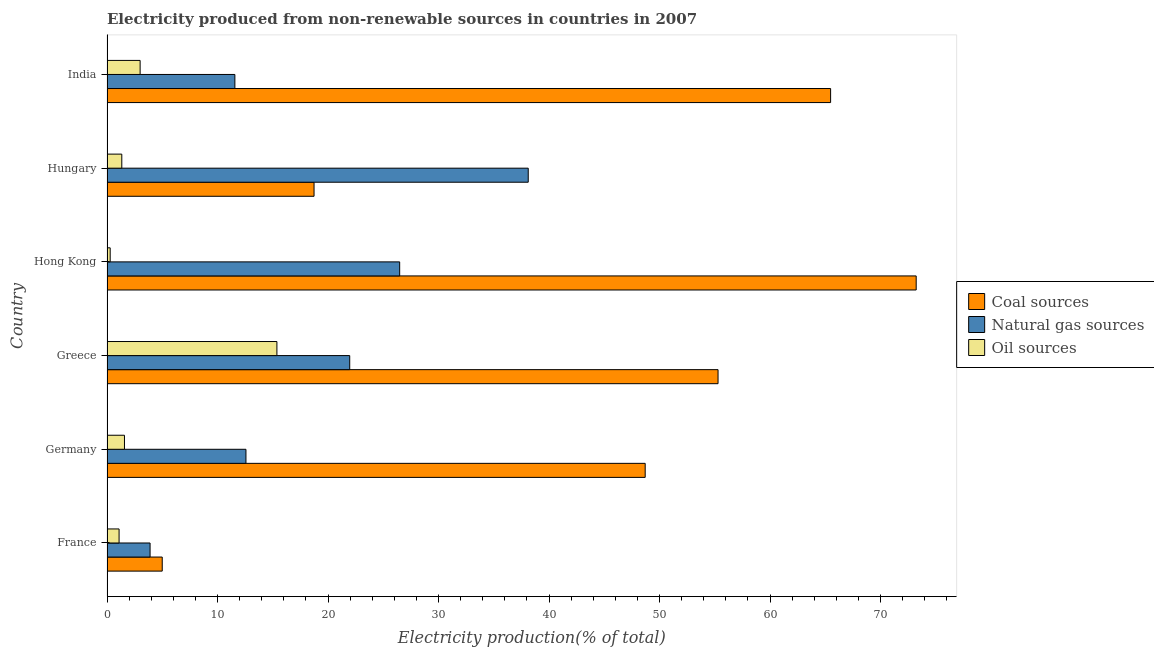
| Country | Coal sources | Natural gas sources | Oil sources |
 | --- | --- | --- | --- |
 | France | 5 | 3.9 | 1.09 |
 | Germany | 48.7 | 12.6 | 1.58 |
 | Greece | 55.3 | 22 | 15.4 |
 | Hong Kong | 73.2 | 26.5 | 0.288 |
 | Hungary | 18.7 | 38.1 | 1.34 |
 | India | 65.5 | 11.6 | 3 |